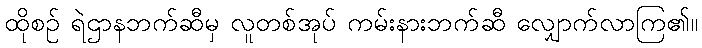
ထိုစဉ် ရဲဌာနဘက်ဆီမှ လူတစ်အုပ် ကမ်းနားဘက်ဆီ လျှောက်လာကြ၏။